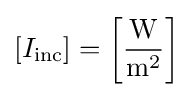
\left[I_{\text{inc}}\right]=\left[{\frac {\text{W}}{{\text{m}}^{2}}}\right]